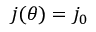
j ( \theta ) = j _ { 0 }